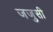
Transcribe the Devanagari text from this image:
जजुसी